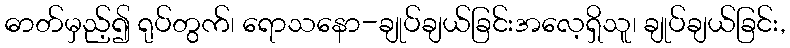
ဓာတ်မှည့်၍ ရုပ်တွက်၊ ရောသနော-ချုပ်ချယ်ခြင်းအလေ့ရှိသူ၊ ချုပ်ချယ်ခြင်း,